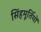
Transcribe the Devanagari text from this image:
सिंहमूर्तियों